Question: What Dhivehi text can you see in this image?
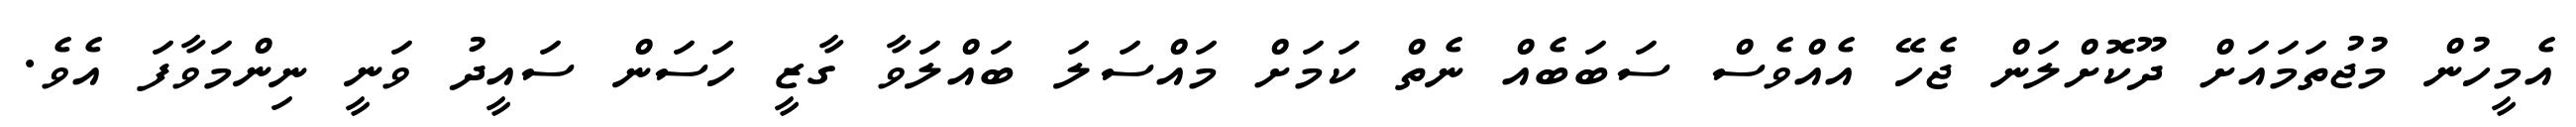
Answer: އެމީހުން މުޖުތަމައަށް ދޫކޮށްލަން ޖެހޭ އެއްވެސް ސަބަބެއް ނެތް ކަމަށް މައްސަލަ ބައްލަވާ ގާޒީ ހަސަން ސައީދު ވަނީ ނިންމަވާފަ އެވެ.